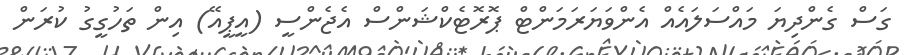
ގަސް ގެންދިޔަ މައްސަލައެއް އެންވަޔަރަމަންޓް ޕޮރޮޓެކްޝަންސް އެޖެންސީ (އީޕީއޭ) އިން ތަހުގީގު ކުރަން